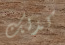
كذلك